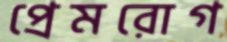
প্রেমরোগ